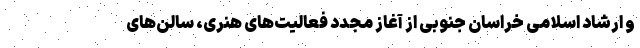
و ارشاد اسلامی خراسان جنوبی از آغاز مجدد فعالیت‌های هنری، سالن‌های